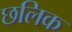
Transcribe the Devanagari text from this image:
छलिक